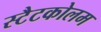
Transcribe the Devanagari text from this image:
स्टैटकोलम